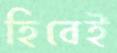
হিবেই